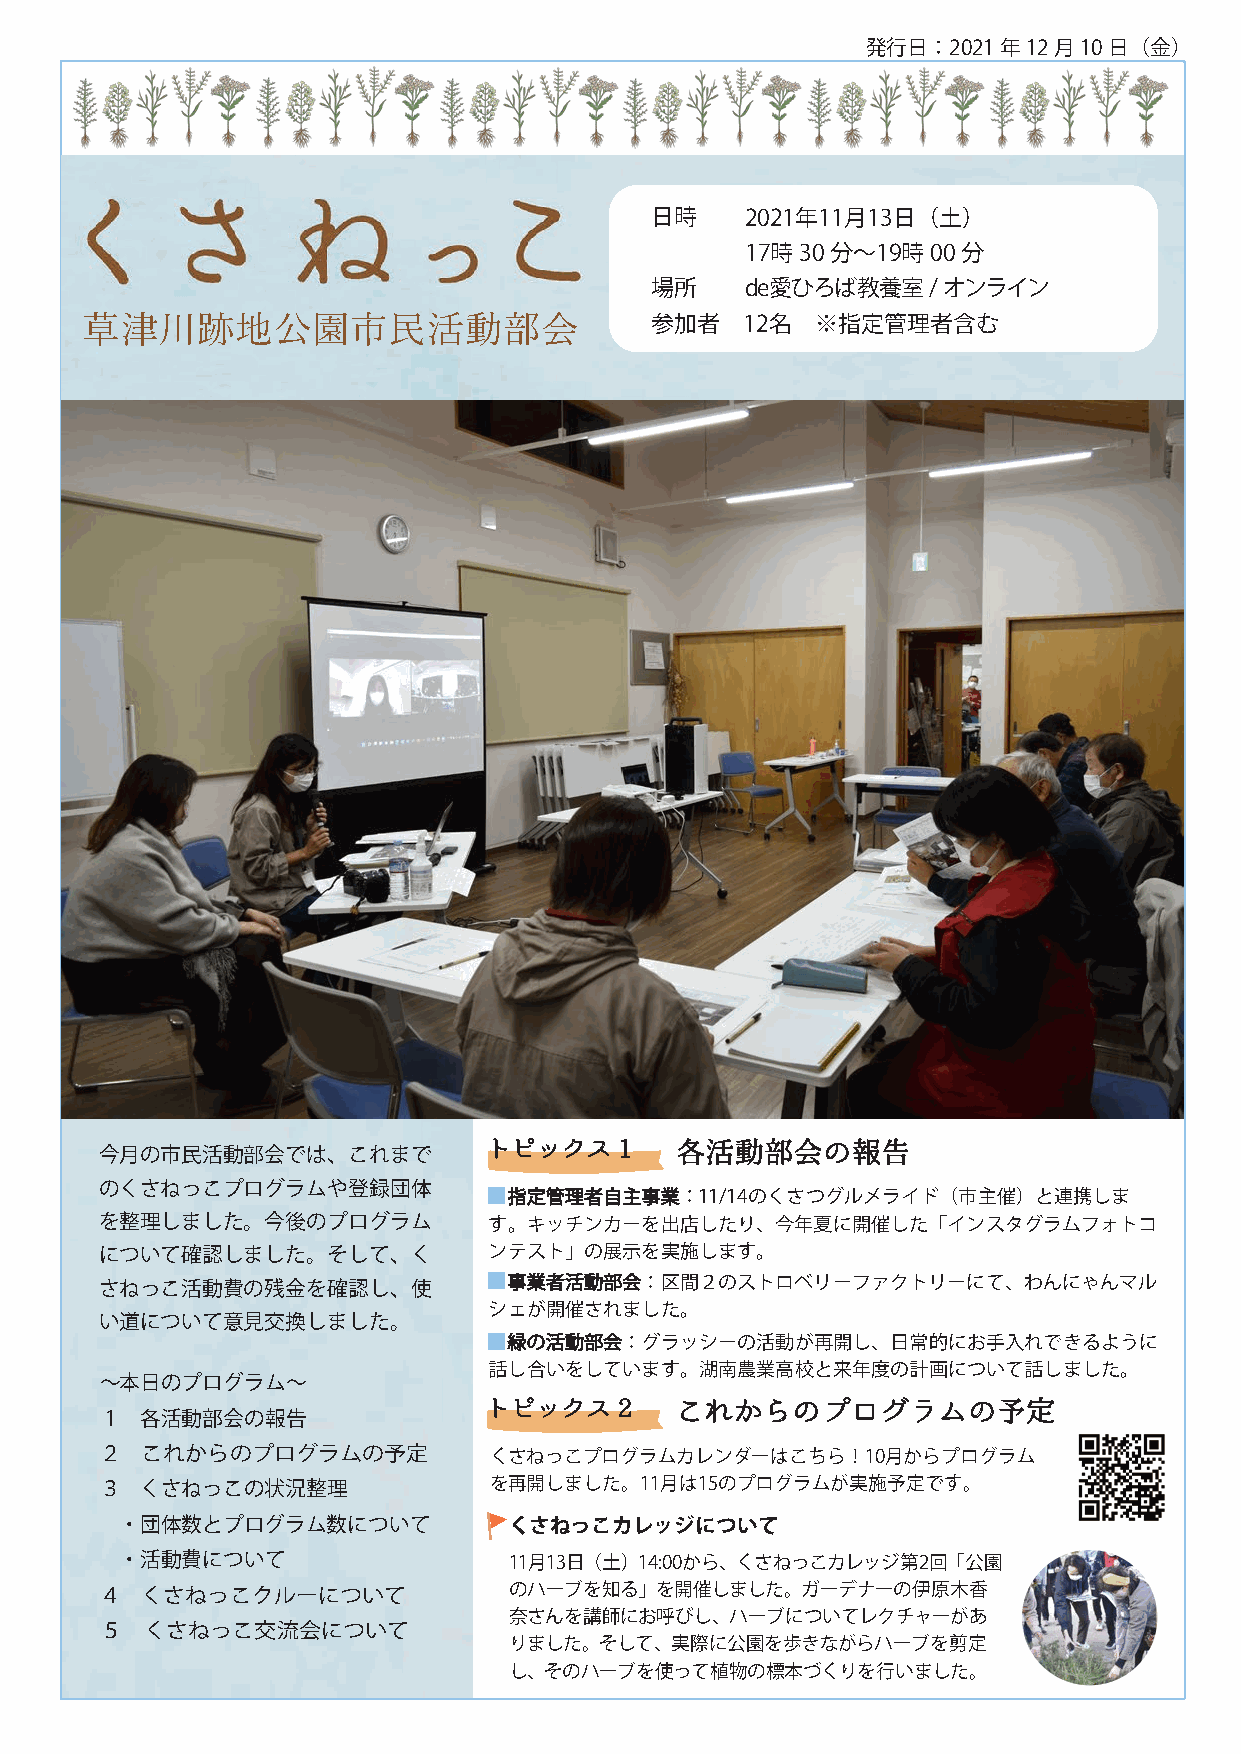
発行日：2021年12月10日（金）
 日 時   2021年11月13日（土  ）
 17時30分〜19時00分
 場 所   de愛ひろば教養室   / オンライ ン
 草津川跡地公園市民活動部会                         参加 者  12名  ※ 指定管理者含む
 トピックス1       各活動部会の報告
 今月の市民活動部会では、これまで
 のくさねっこプログラムや登録団体
 指定管理者自主事業：11/14のくさつグルメライド（市主催）と連携しま
 を整理しました。今後のプログラム         す。キッチンカーを出店したり、今年夏に開催した「インスタグラムフォトコ
 について確認しました。そして、く         ンテスト」の展示を実施します。
 さねっこ活動費の残金を確認し、使           事業者活動部会：区間２のストロベリーファクトリーにて、わんにゃんマル
 シェが開催されました。
 い道について意見交換しました。
 緑の活動部会：グラッシーの活動が再開し、日常的にお手入れできるように
 話し合いをしています。湖南農業高校と来年度の計画について話しました。
 〜本日のプログラム〜
 トピックス2       これからのプログラムの予定
 １ 各活動部会の報告
 ２ これからのプログラムの予定          くさねっこプログラムカレンダーはこちら！10月からプログラム
 ３ くさねっこの状況整理             を再開しました。11月は15のプログラムが実施予定です。
 ・団体数とプログラム数について           くさねっこカレッジについて
 ・活動費について                  11月13日（土）14:00から、くさねっこカレッジ第2回「公園
 ４ くさねっこクルーについて             のハーブを知る」を開催しました。ガーデナーの伊原木香
 奈さんを講師にお呼びし、ハーブについてレクチャーがあ
 ５  くさねっこ交流会について
 りました。そして、実際に公園を歩きながらハーブを剪定
 し、そのハーブを使って植物の標本づくりを行いました。